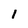
Character: 1